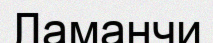
Ламанчи